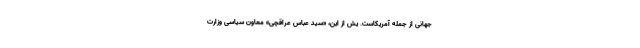
جهانی از جمله آمریکاست. یش از این، «سید عباس عراقچی» معاون سیاسی وزارت